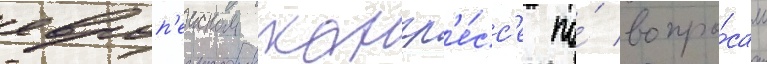
европ'еиском конгр'е́сс'е по́ вопро́сам